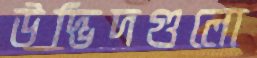
উদ্ভিদগুলো